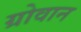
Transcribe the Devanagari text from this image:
ग्रोवान